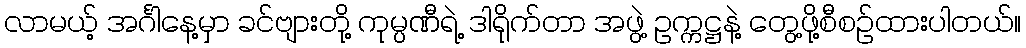
လာမယ့် အင်္ဂါနေ့မှာ ခင်ဗျားတို့ ကုမ္ပဏီရဲ့ ဒါရိုက်တာ အဖွဲ့ ဥက္ကဋ္ဌနဲ့ တွေ့ဖို့စီစဉ်ထားပါတယ်။